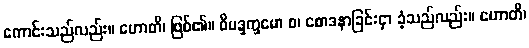
ကောင်းသည်လည်း။ ဟောတိ၊ ဖြစ်၏။ ဝိမဒ္ဒက္ခမော စ၊ စောဒနာခြင်းငှာ ခံ့သည်လည်း။ ဟောတိ၊